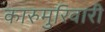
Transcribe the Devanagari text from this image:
कारुमुरिवारी